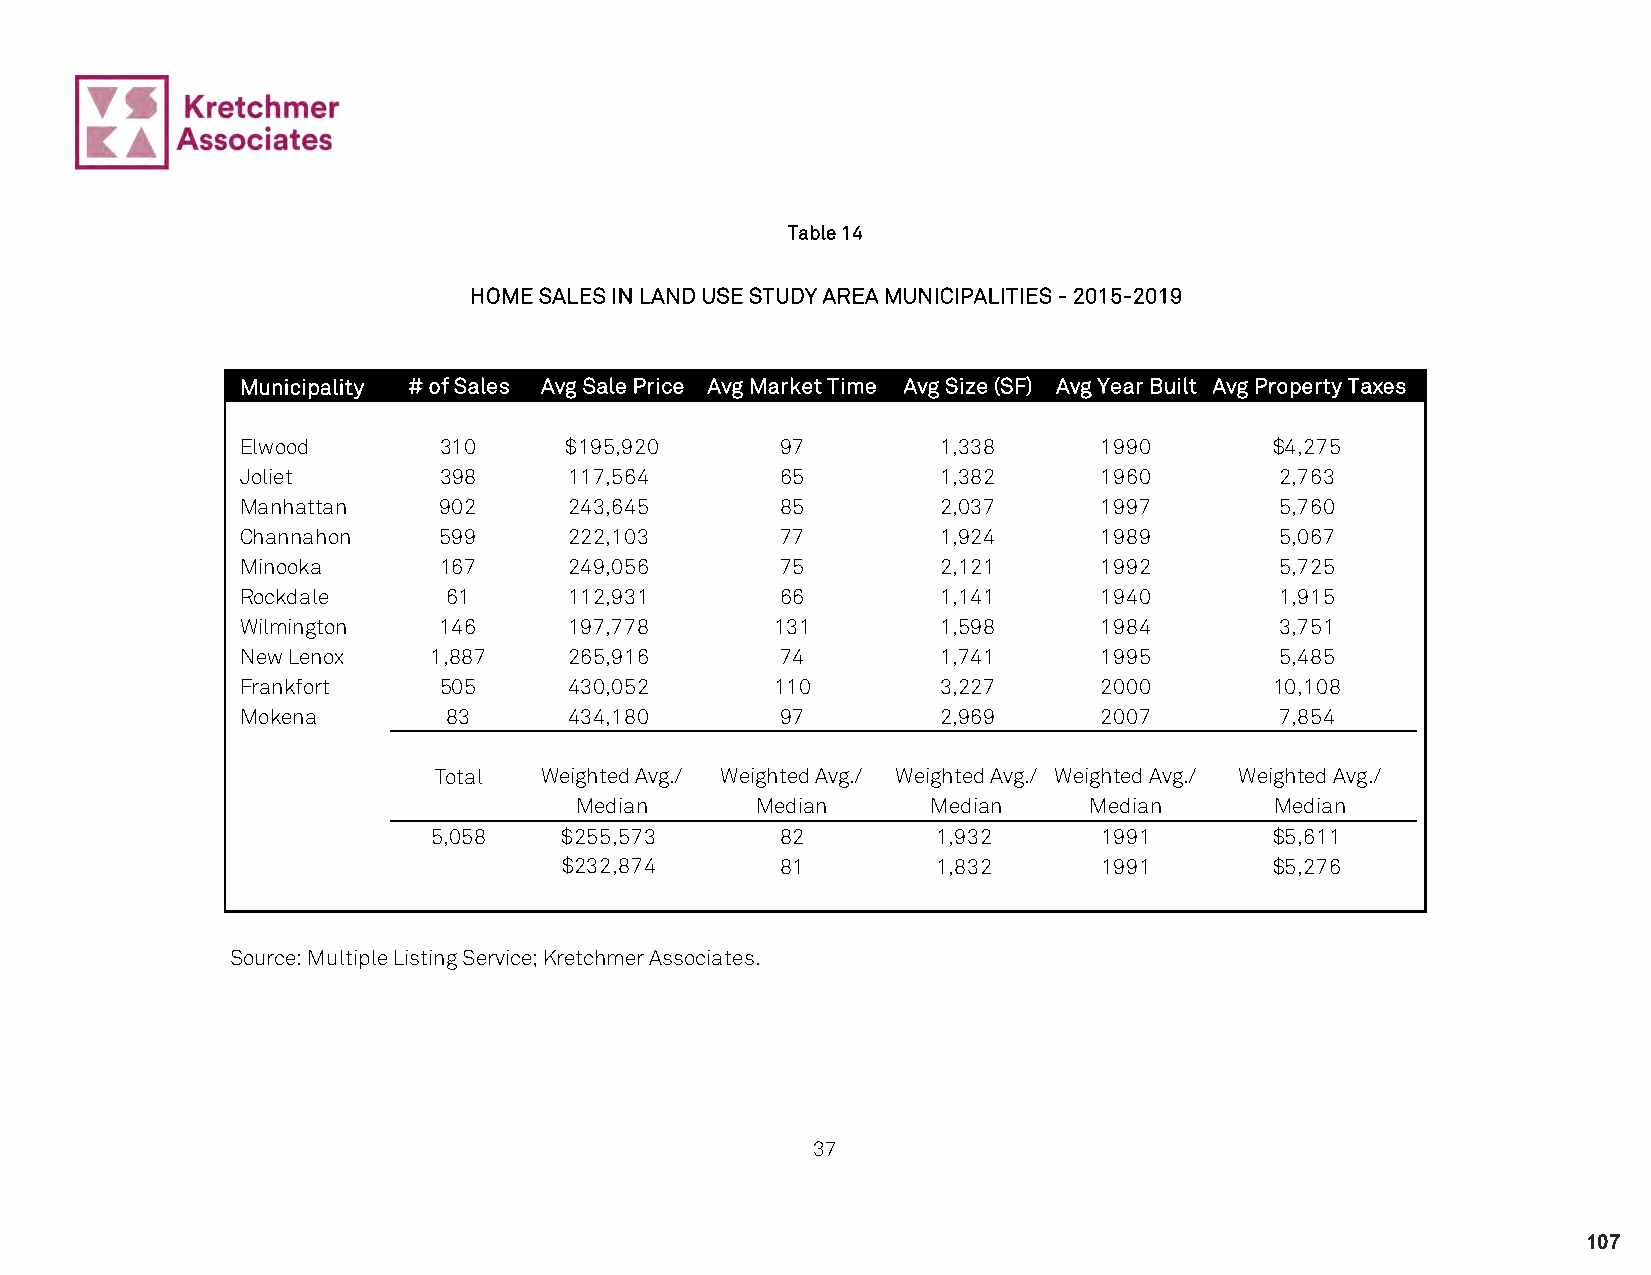
Table 14
 HOME SALES IN LAND USE STUDY AREA MUNICIPALITIES - 2015-2019
 Municipality # of Sales Avg Sale Price Avg Market Time Avg Size (SF) Avg Year Built Avg Property Taxes
 Elwood       310     $195,920       97        1,338      1990       $4,275
 Joliet       398      117,564       65        1,382      1960        2,763
 Manhattan    902      243,645       85        2,037      1997        5,760
 Channahon    599      222,103       77        1,924      1989        5,067
 Minooka      167      249,056       75        2,121      1992        5,725
 Rockdale      61      112,931       66        1,141      1940        1,915
 Wilmington   146      197,778      131        1,598      1984        3,751
 New Lenox    1,887    265,916       74        1,741      1995        5,485
 Frankfort    505      430,052      110        3,227      2000       10,108
 Mokena        83      434,180       97        2,969      2007        7,854
 Total  Weighted Avg./ Weighted Avg./ Weighted Avg./ Weighted Avg./ Weighted Avg./
 Median      Median      Median    Median      Median
 5,058   $255,573       82        1,932      1991       $5,611
 $232,874       81        1,832      1991       $5,276
 Source: Multiple Listing Service; Kretchmer Associates.
 37
 107